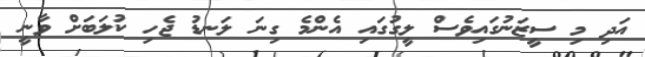
އަދި މި ސީޒަނުގައިވެސް ލީގުގައި އެންމެ ގިނަ ލަނޑު ޖެހި ކުލަބަށް ވާނީ